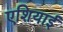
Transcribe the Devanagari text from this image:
एशियाई